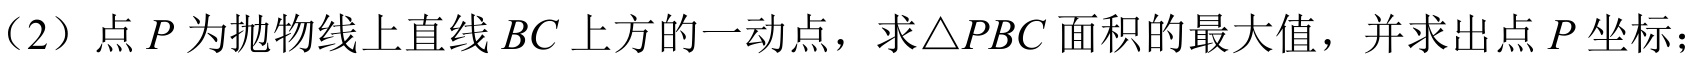
（2）点\(P\)为抛物线上直线\(BC\)上方的一动点，求\(\triangle PBC\)面积的最大值，并求出点\(P\)坐标；